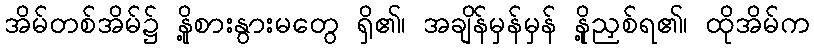
အိမ်တစ်အိမ်၌ နို့စားနွားမတွေ ရှိ၏၊ အချိန်မှန်မှန် နို့ညှစ်ရ၏၊ ထိုအိမ်က